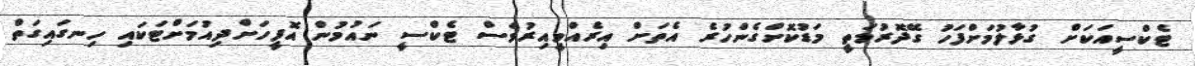
ޓެކްސީއަކަށް ގުޅާލުމަށްފަހު ގޭދޮރުމަތީ މަޑުކޮށްގެންހުރެ އެތަށް އިރެއްވީއިރުވެސް ޓެކްސީ ނައުމުން އޮފީހަށްދިއުމަށްޓަކައި ހިނގައިގަތް